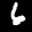
Label: 6